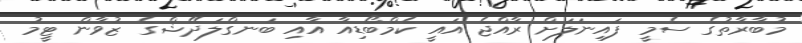
މުބާރާތުގެ ސެމީ ފައިނަލަށް ރާއްޖެ އައީ ކެމްބޯޑިއާ އާއި ބަނގްލަދޭޝްގެ ޒުވާން ޓީމު